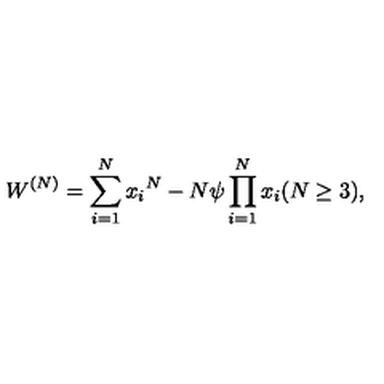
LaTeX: W ^ { ( N ) } = \sum _ { i = 1 } ^ { N } { { x } _ { i } } ^ { N } - N \psi \prod _ { i = 1 } ^ { N } { { x } _ { i } } ( N \geq 3 ) ,